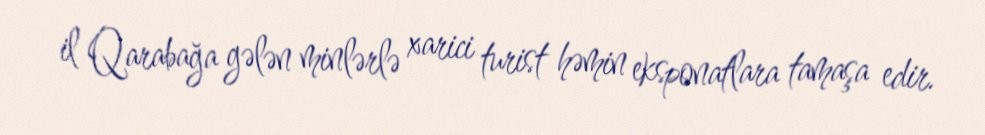
il Qarabağa gələn minlərlə xarici turist həmin eksponatlara tamaşa edir.